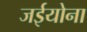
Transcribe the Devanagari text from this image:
जईयोना